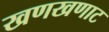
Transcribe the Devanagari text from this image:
खणखणाट